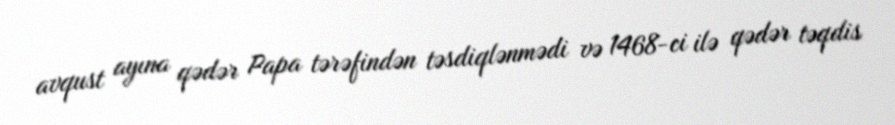
avqust ayına qədər Papa tərəfindən təsdiqlənmədi və 1468-ci ilə qədər təqdis